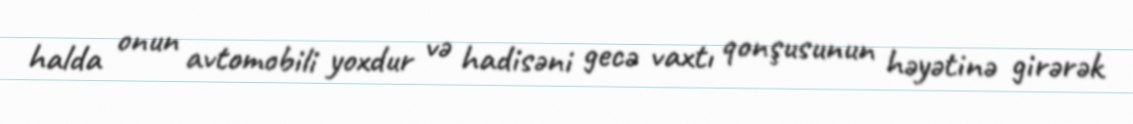
halda onun avtomobili yoxdur və hadisəni gecə vaxtı qonşusunun həyətinə girərək